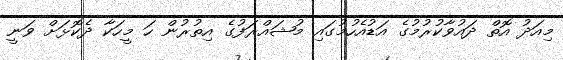
މިއަދު އޮތް ދައުވާކުރުމުގެ އަޑުއެހުމުގައި މުޝައްރަފުގެ އިތުރުން ހަ މީހަކާ ދެކޮޅަށް ވަނީ